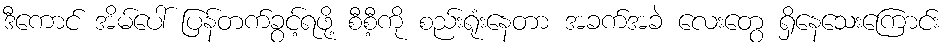
ဒီကောင် အိမ်ပေါ် ပြန်တက်ခွင့်ရဖို့ စီစီ့ကို စည်းရုံးနေတာ အခက်အခဲ လေးတွေ ရှိနေသေးကြောင်း